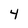
Character: 4